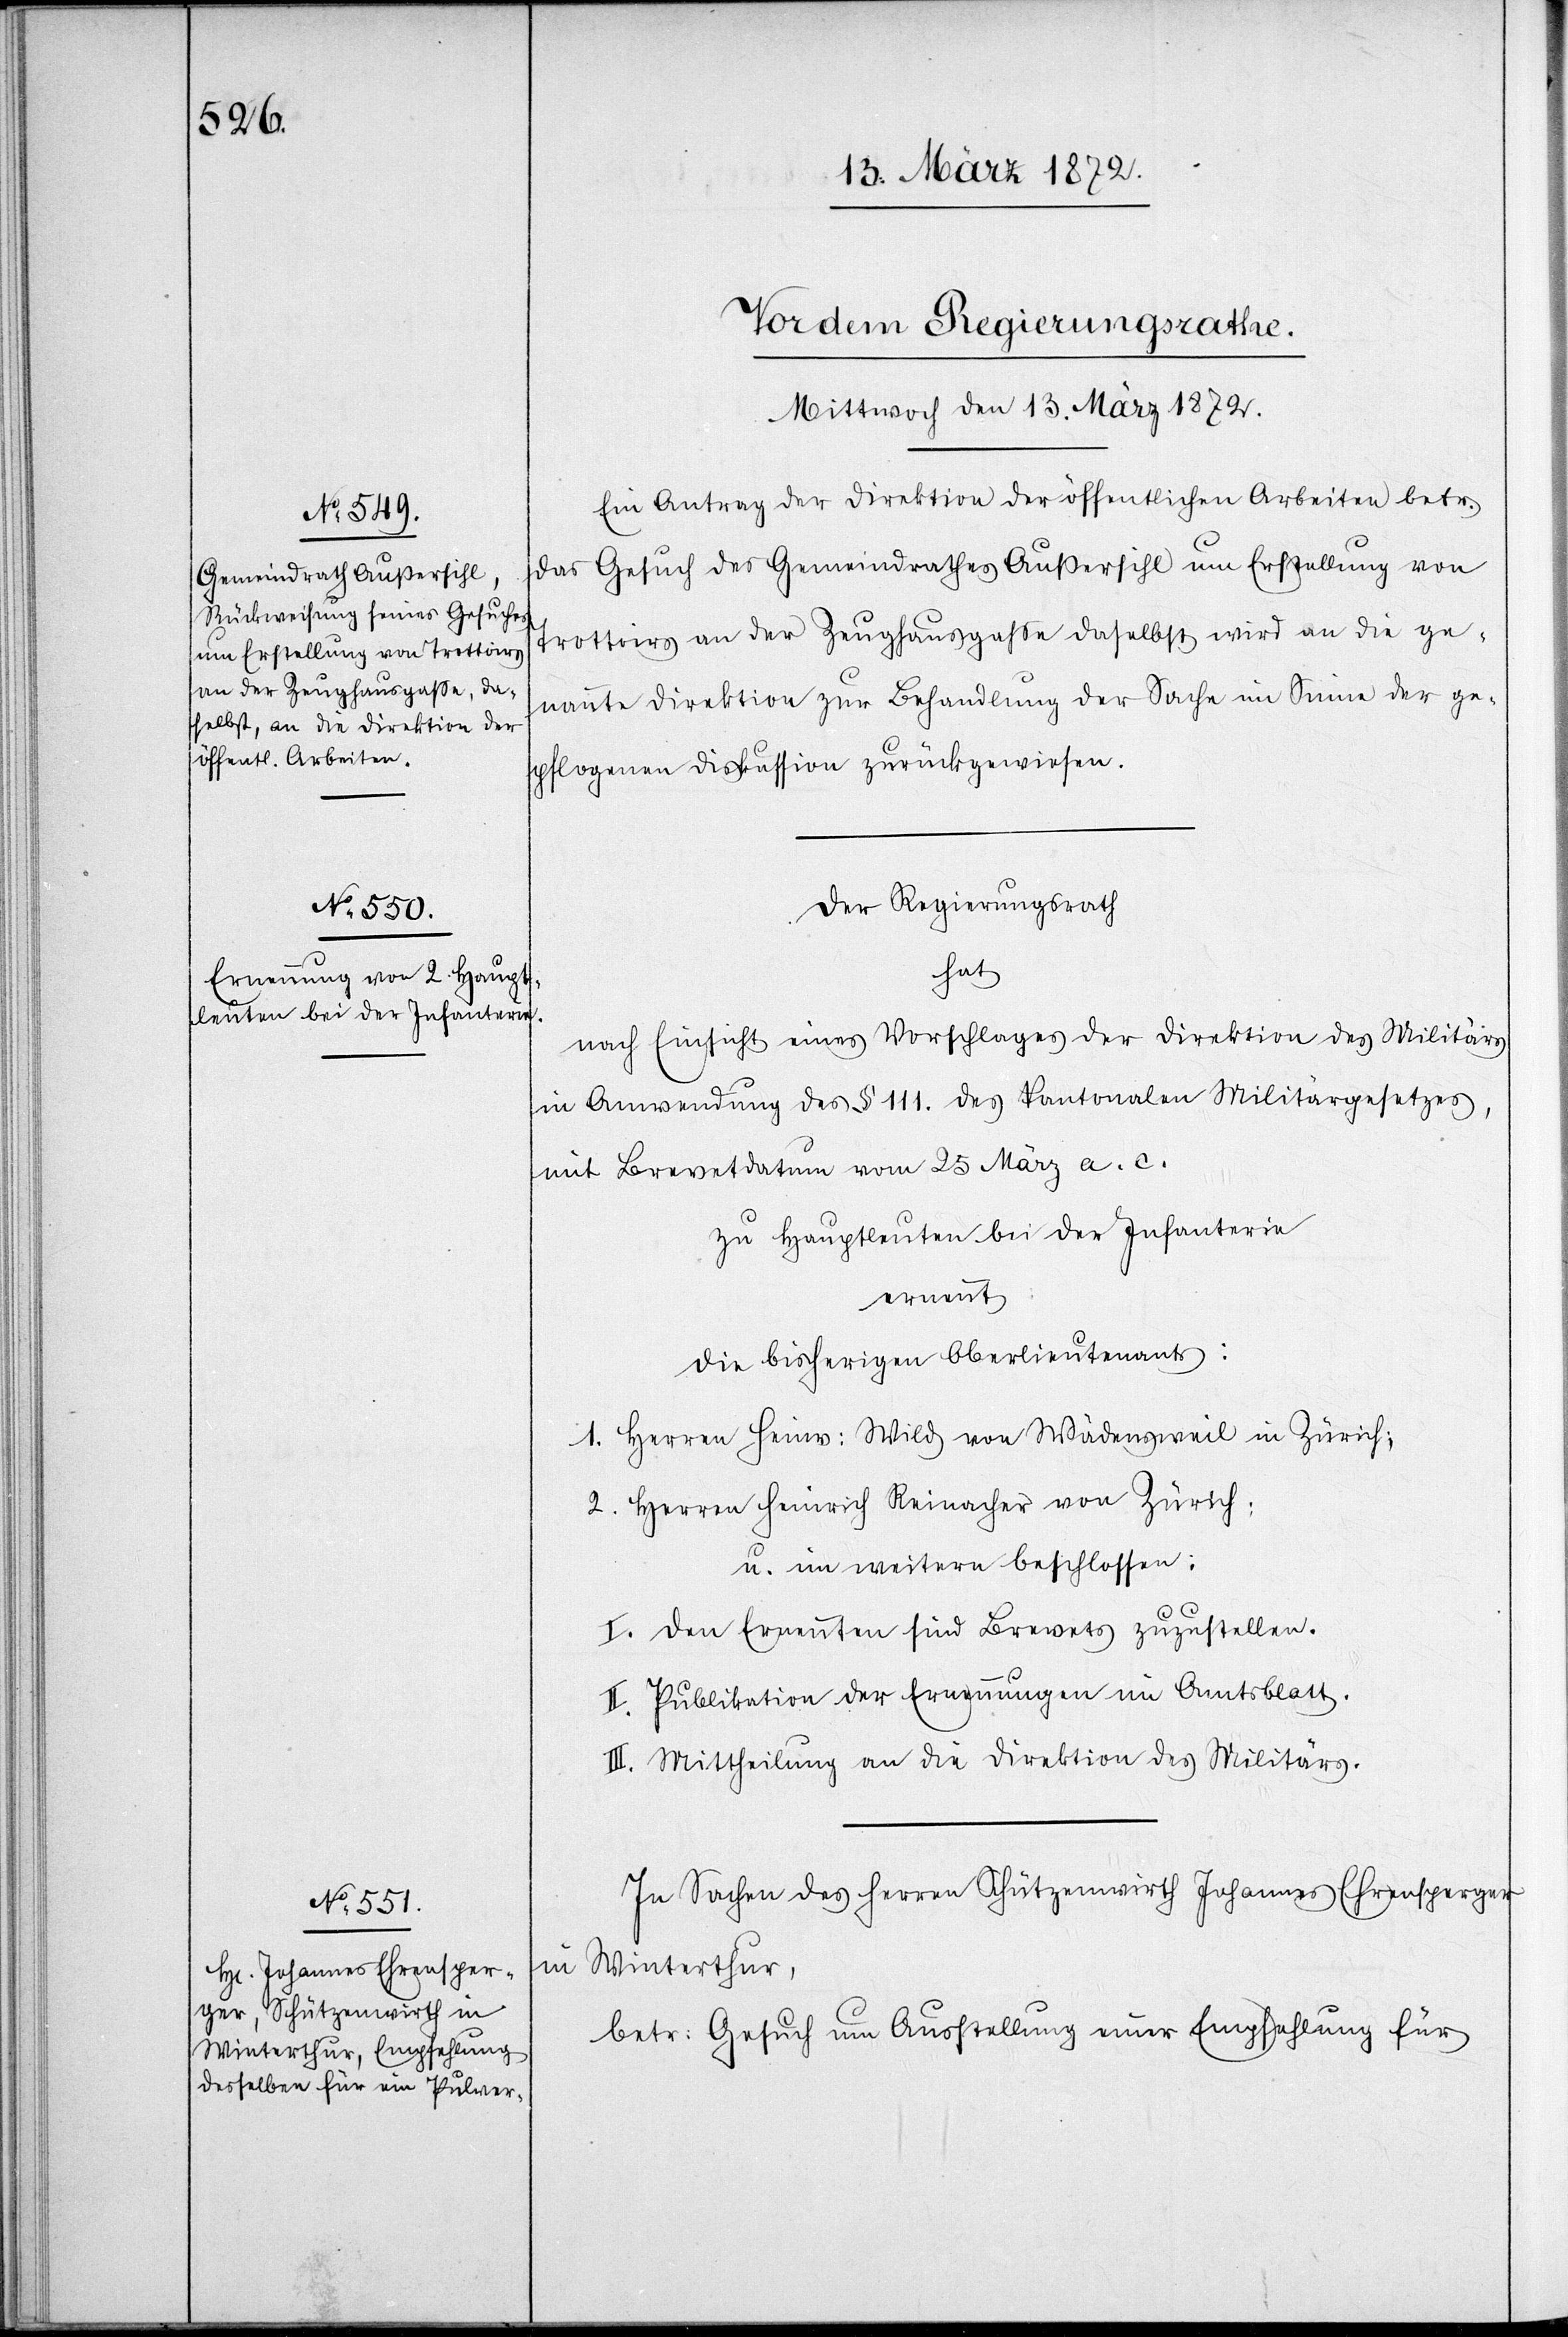
Ein Antrag der Direktion der öffentlichen Arbeiten betr.
das Gesuch des Gemeindrathes Außersihl um Erstellung von
Trottoirs an der Zeughausgasse daselbst wird an die ge¬
nannte Direktion zur Behandlung der Sache im Sinne der ge¬
pflogenen Diskussion zurückgewiesen.
Der Regierungsrath
hat
nach Einsicht eines Vorschlages der Direktion des Militärs
in Anwendung des § 111. des kantonalen Militärgesetzes,
mit Brevetdatum vom 25 März a. c.
zu Hauptleuten bei der Infanterie
ernennt:
die bisherigen Oberlieutenants:
1. Herren Heinr: Wild von Wädensweil in Zürich;
2. Herren Heinrich Reinacher von Zürich;
u. im weitern beschlossen:
I. Den Ernennten sind Brevets zuzustellen.
II. Publikation der Ernennungen im Amtsblatt.
III. Mittheilung an die Direktion des Militärs.
In Sachen des Herren Schützenwirth Johannes Ehrensperger
in Winterthur,
betr: Gesuch um Ausstellung einer Empfehlung für